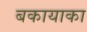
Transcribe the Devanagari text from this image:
बकायाका